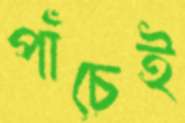
পাঁচেই